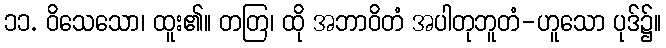
၁၁. ဝိသေသော၊ ထူး၏။ တတြ၊ ထို အဘာဝိတံ အပါတုဘူတံ-ဟူသော ပုဒ်၌။